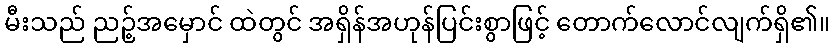
မီးသည် ညဉ့်အမှောင် ထဲတွင် အရှိန်အဟုန်ပြင်းစွာဖြင့် တောက်လောင်လျက်ရှိ၏။